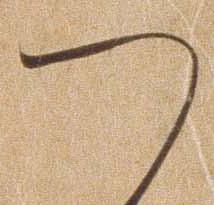
つ